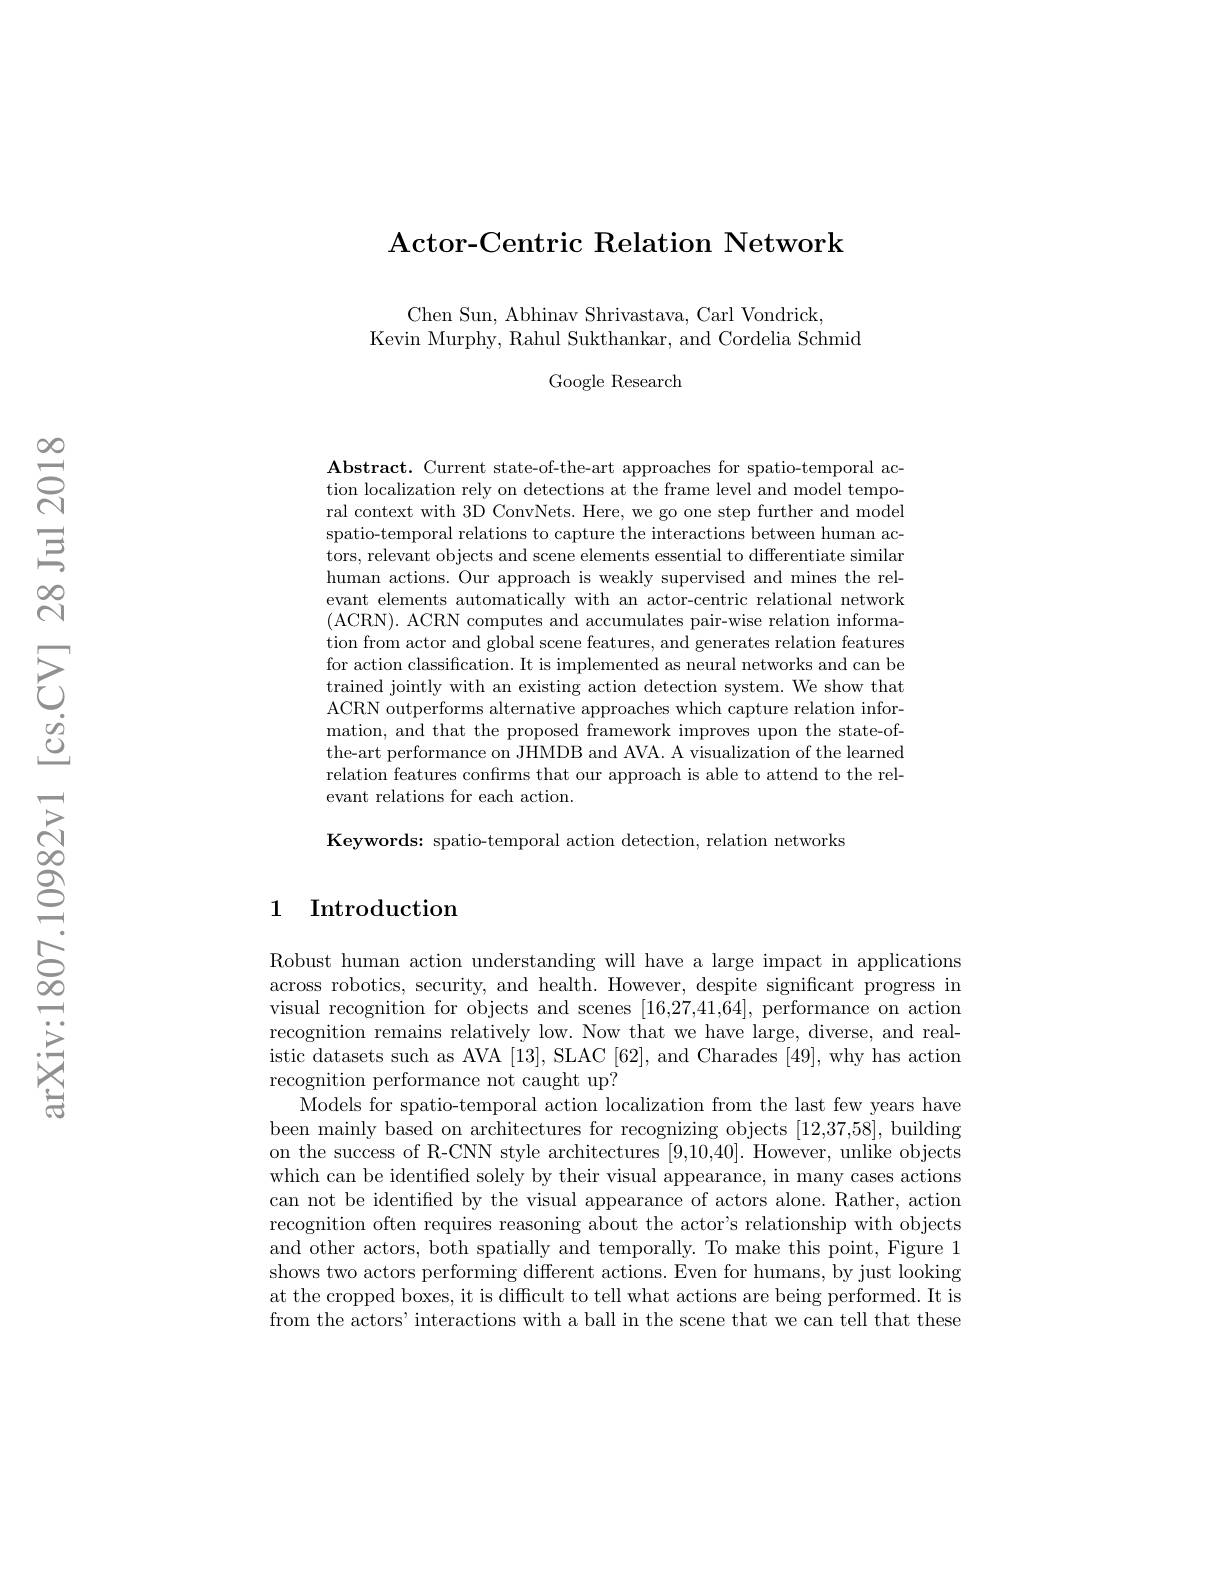
$\textbf{Actor- Centric Relation Network}$

Chen Sun, Abhinav Shrivastava, Carl Vondrick,
Kevin Murphy, Rahul Sukthankar, and Cordelia Schmid

Google Research

$\textbf{Abstract. Current state- of- the- art approaches for spatio- temporal ac- }$ tion localization rely on detections at the frame level and model temporal context with 3D ConvNets. Here, we go one step further and model spatio-temporal relations to capture the interactions between human actors, relevant objects and scene elements essential to differentiate similar human actions. Our approach is weakly supervised and mines the relevant elements automatically with an actor-centric relational network (ACRN). ACRN computes and accumulates pair-wise relation information from actor and global scene features, and generates relation features for action classification. It is implemented as neural networks and can be trained jointly with an existing action detection system. We show that ACRN outperforms alternative approaches which capture relation information, and that the proposed framework improves upon the state-ofthe-art performance on JHMDB and AVA. A visualization of the learned relation features confirms that our approach is able to attend to the relevant relations for each action.

Keywords: spatio-temporal action detection, relation networks

## 1 Introduction

Robust human action understanding will have a large impact in applications across robotics, security, and health. However, despite significant progress in visual recognition for objects and scenes [16,27,41,64], performance on action recognition remains relatively low. Now that we have large, diverse, and realistic datasets such as AVA [13], SLAC [62], and Charades [49], why has action recognition performance not caught up?
Models for spatio-temporal action localization from the last few years have been mainly based on architectures for recognizing objects [12,37,58], building on the success of R-CNN style architectures [9,10,40]. However, unlike objects which can be identified solely by their visual appearance, in many cases actions can not be identified by the visual appearance of actors alone. Rather, action recognition often requires reasoning about the actor's relationship with objects and other actors, both spatially and temporally. To make this point, Figure 1 shows two actors performing different actions. Even for humans, by just looking at the cropped boxes, it is difficult to tell what actions are being performed. It is from the actors' interactions with a ball in the scene that we can tell that these